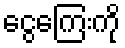
ငွေကြေးကို